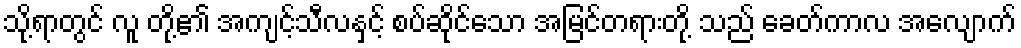
သို့ရာတွင် လူ တို့၏ အကျင့်သီလနှင့် စပ်ဆိုင်သော အမြင်တရားတို့ သည် ခေတ်ကာလ အလျောက်